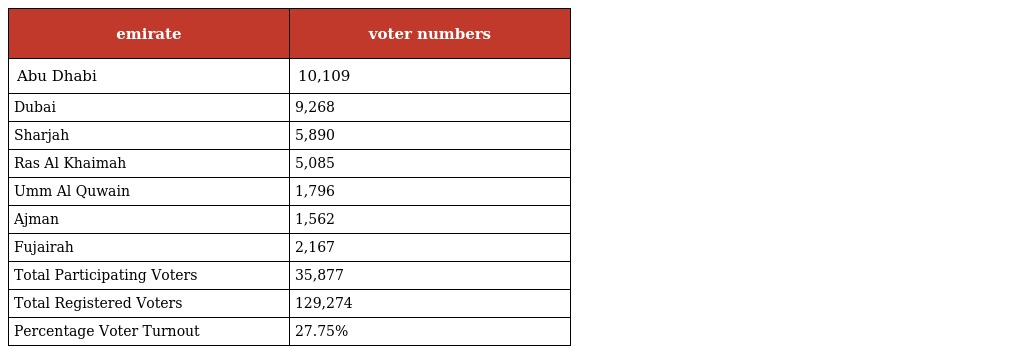
| emirate | voter numbers |
 | --- | --- |
 | Abu Dhabi | 10,109 |
 | Dubai | 9,268 |
 | Sharjah | 5,890 |
 | Ras Al Khaimah | 5,085 |
 | Umm Al Quwain | 1,796 |
 | Ajman | 1,562 |
 | Fujairah | 2,167 |
 | Total Participating Voters | 35,877 |
 | Total Registered Voters | 129,274 |
 | Percentage Voter Turnout | 27.75% |